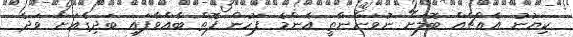
ކިޔުނު އެއްޗެއް ބޮލަށް ނުވަންނާތީ އެންމެ ފަހުން ފޮތް ބާއްވާފައި ބަދިގެއަށް ވަދެ